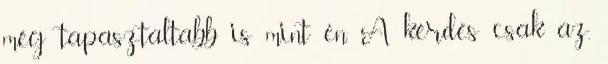
még tapasztaltabb is mint én. A kérdés csak az,